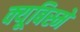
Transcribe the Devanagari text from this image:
क्यूबिस्मे